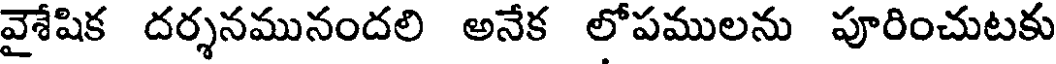
వైశేషిక దర్శనమునందలి అనేక లోపములను పూరించుటకు